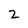
Character: 2